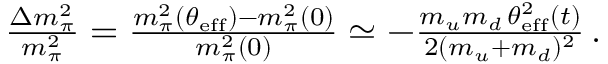
\begin{array} { r } { \! \! \! \! \! \! \! \! \! \! \! \! \frac { \Delta m _ { \pi } ^ { 2 } } { m _ { \pi } ^ { 2 } } = \frac { m _ { \pi } ^ { 2 } ( \theta _ { \mathrm { e f f } } ) - m _ { \pi } ^ { 2 } ( 0 ) } { m _ { \pi } ^ { 2 } ( 0 ) } \simeq - \frac { m _ { u } m _ { d } \, \theta _ { \mathrm { e f f } } ^ { 2 } ( t ) } { 2 ( m _ { u } + m _ { d } ) ^ { 2 } } \, . } \end{array}